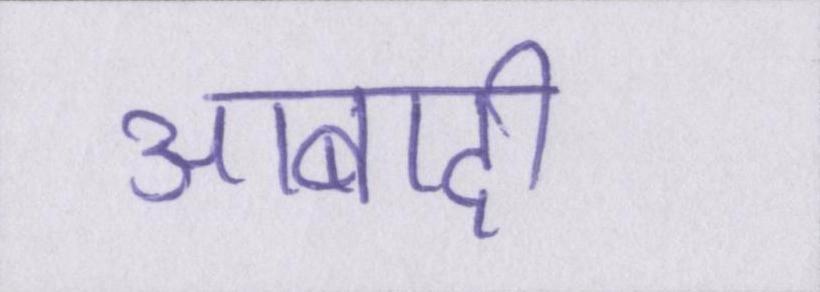
आबादी